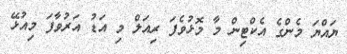
ޔައްޔަ މެންގެ އެކްޓިން މާ މޮޅުވެފަ ރިއަލް މި އަޑު އަރުވާފަ މިއުޅޭ